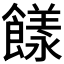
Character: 𩞭